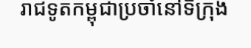
រាជទូតកម្ពុជាប្រចាំនៅទីក្រុង